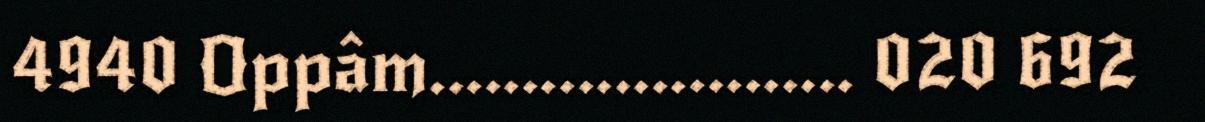
4940 Oppâm....................... 020 692